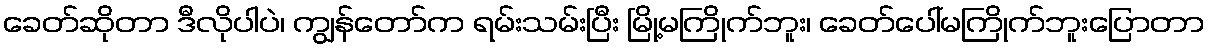
ခေတ်ဆိုတာ ဒီလိုပါပဲ၊ ကျွန်တော်က ရမ်းသမ်းပြီး မြို့မကြိုက်ဘူး၊ ခေတ်ပေါ်မကြိုက်ဘူးပြောတာ